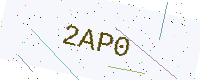
Text: 2AP0